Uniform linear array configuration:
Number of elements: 4
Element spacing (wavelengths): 0.75
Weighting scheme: hann
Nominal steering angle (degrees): -30
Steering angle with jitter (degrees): -31.864
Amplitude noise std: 0.05
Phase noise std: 0.05

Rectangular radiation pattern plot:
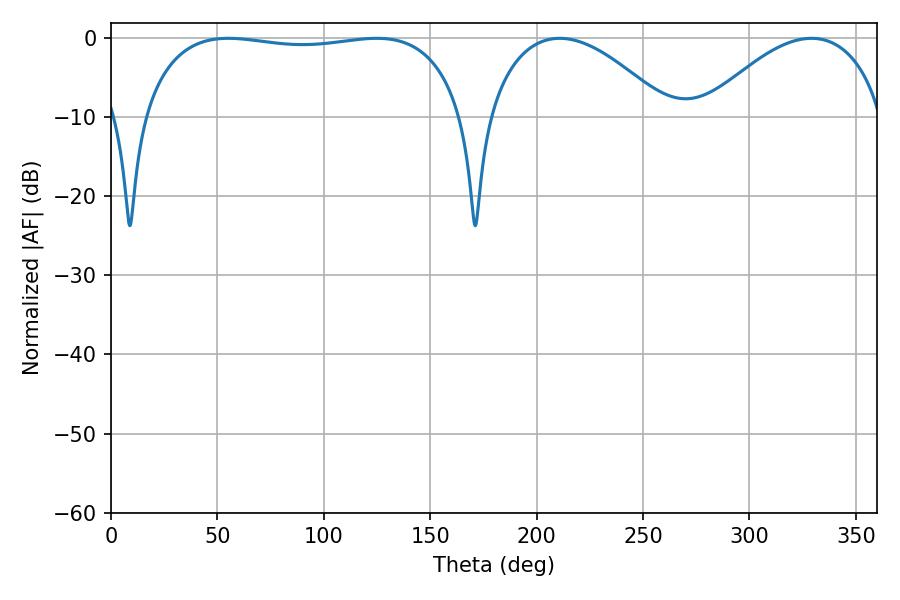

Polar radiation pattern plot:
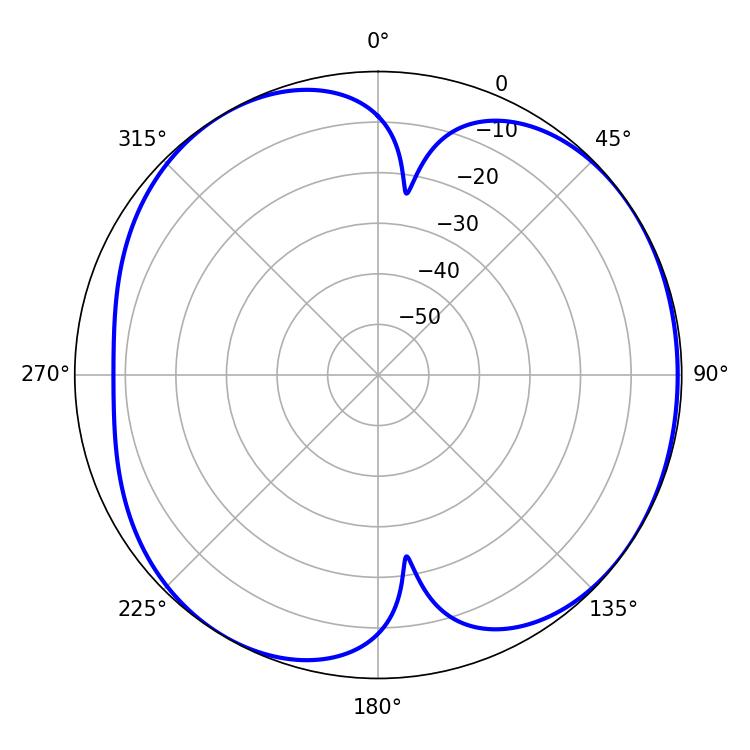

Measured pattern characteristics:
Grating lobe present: TRUE
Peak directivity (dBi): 5.342
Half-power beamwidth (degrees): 121.68
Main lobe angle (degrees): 55.08